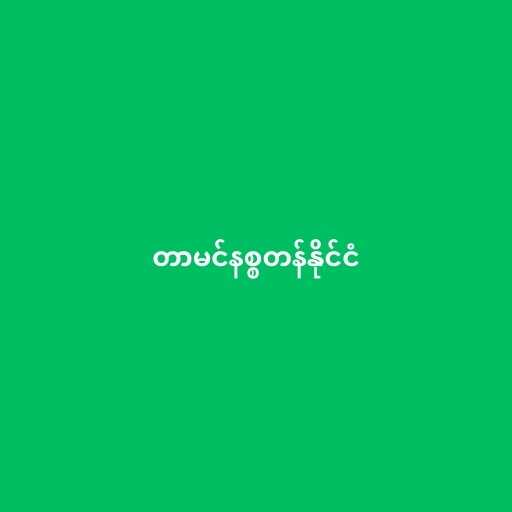
တာမင်နစ္စတန်နိုင်ငံ